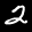
Label: 2